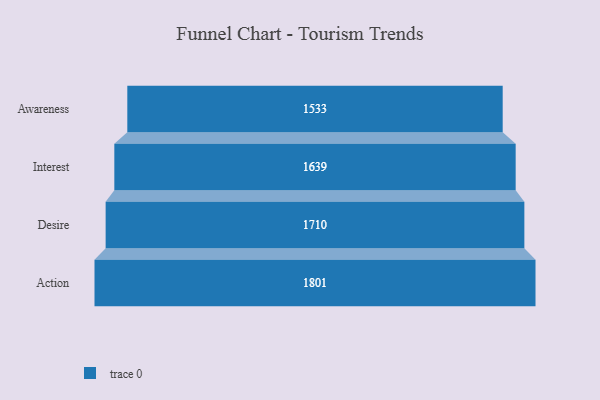
{"axis": {"x": "Stage", "y": "Value"}, "legend": [""], "data": [{"x": "Awareness", "y": 1533.0, "type": ""}, {"x": "Interest", "y": 1639.0, "type": ""}, {"x": "Desire", "y": 1710.0, "type": ""}, {"x": "Action", "y": 1801.0, "type": ""}]}